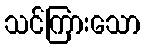
သင်ကြားသော